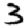
Digit: 3